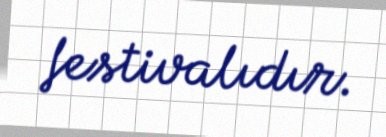
festivalıdır.